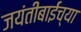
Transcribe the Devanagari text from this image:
जयंतीबाईंच्या